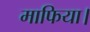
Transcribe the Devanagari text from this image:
माफिया।